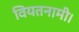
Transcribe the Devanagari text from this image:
वियतनामी।